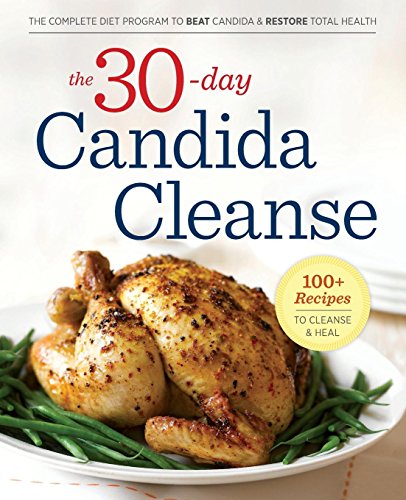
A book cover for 30-Day Candida Cleanse: The Complete Diet Program to Beat Candida and Restore Total Health; Rockridge Press; Health, Fitness & Dieting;